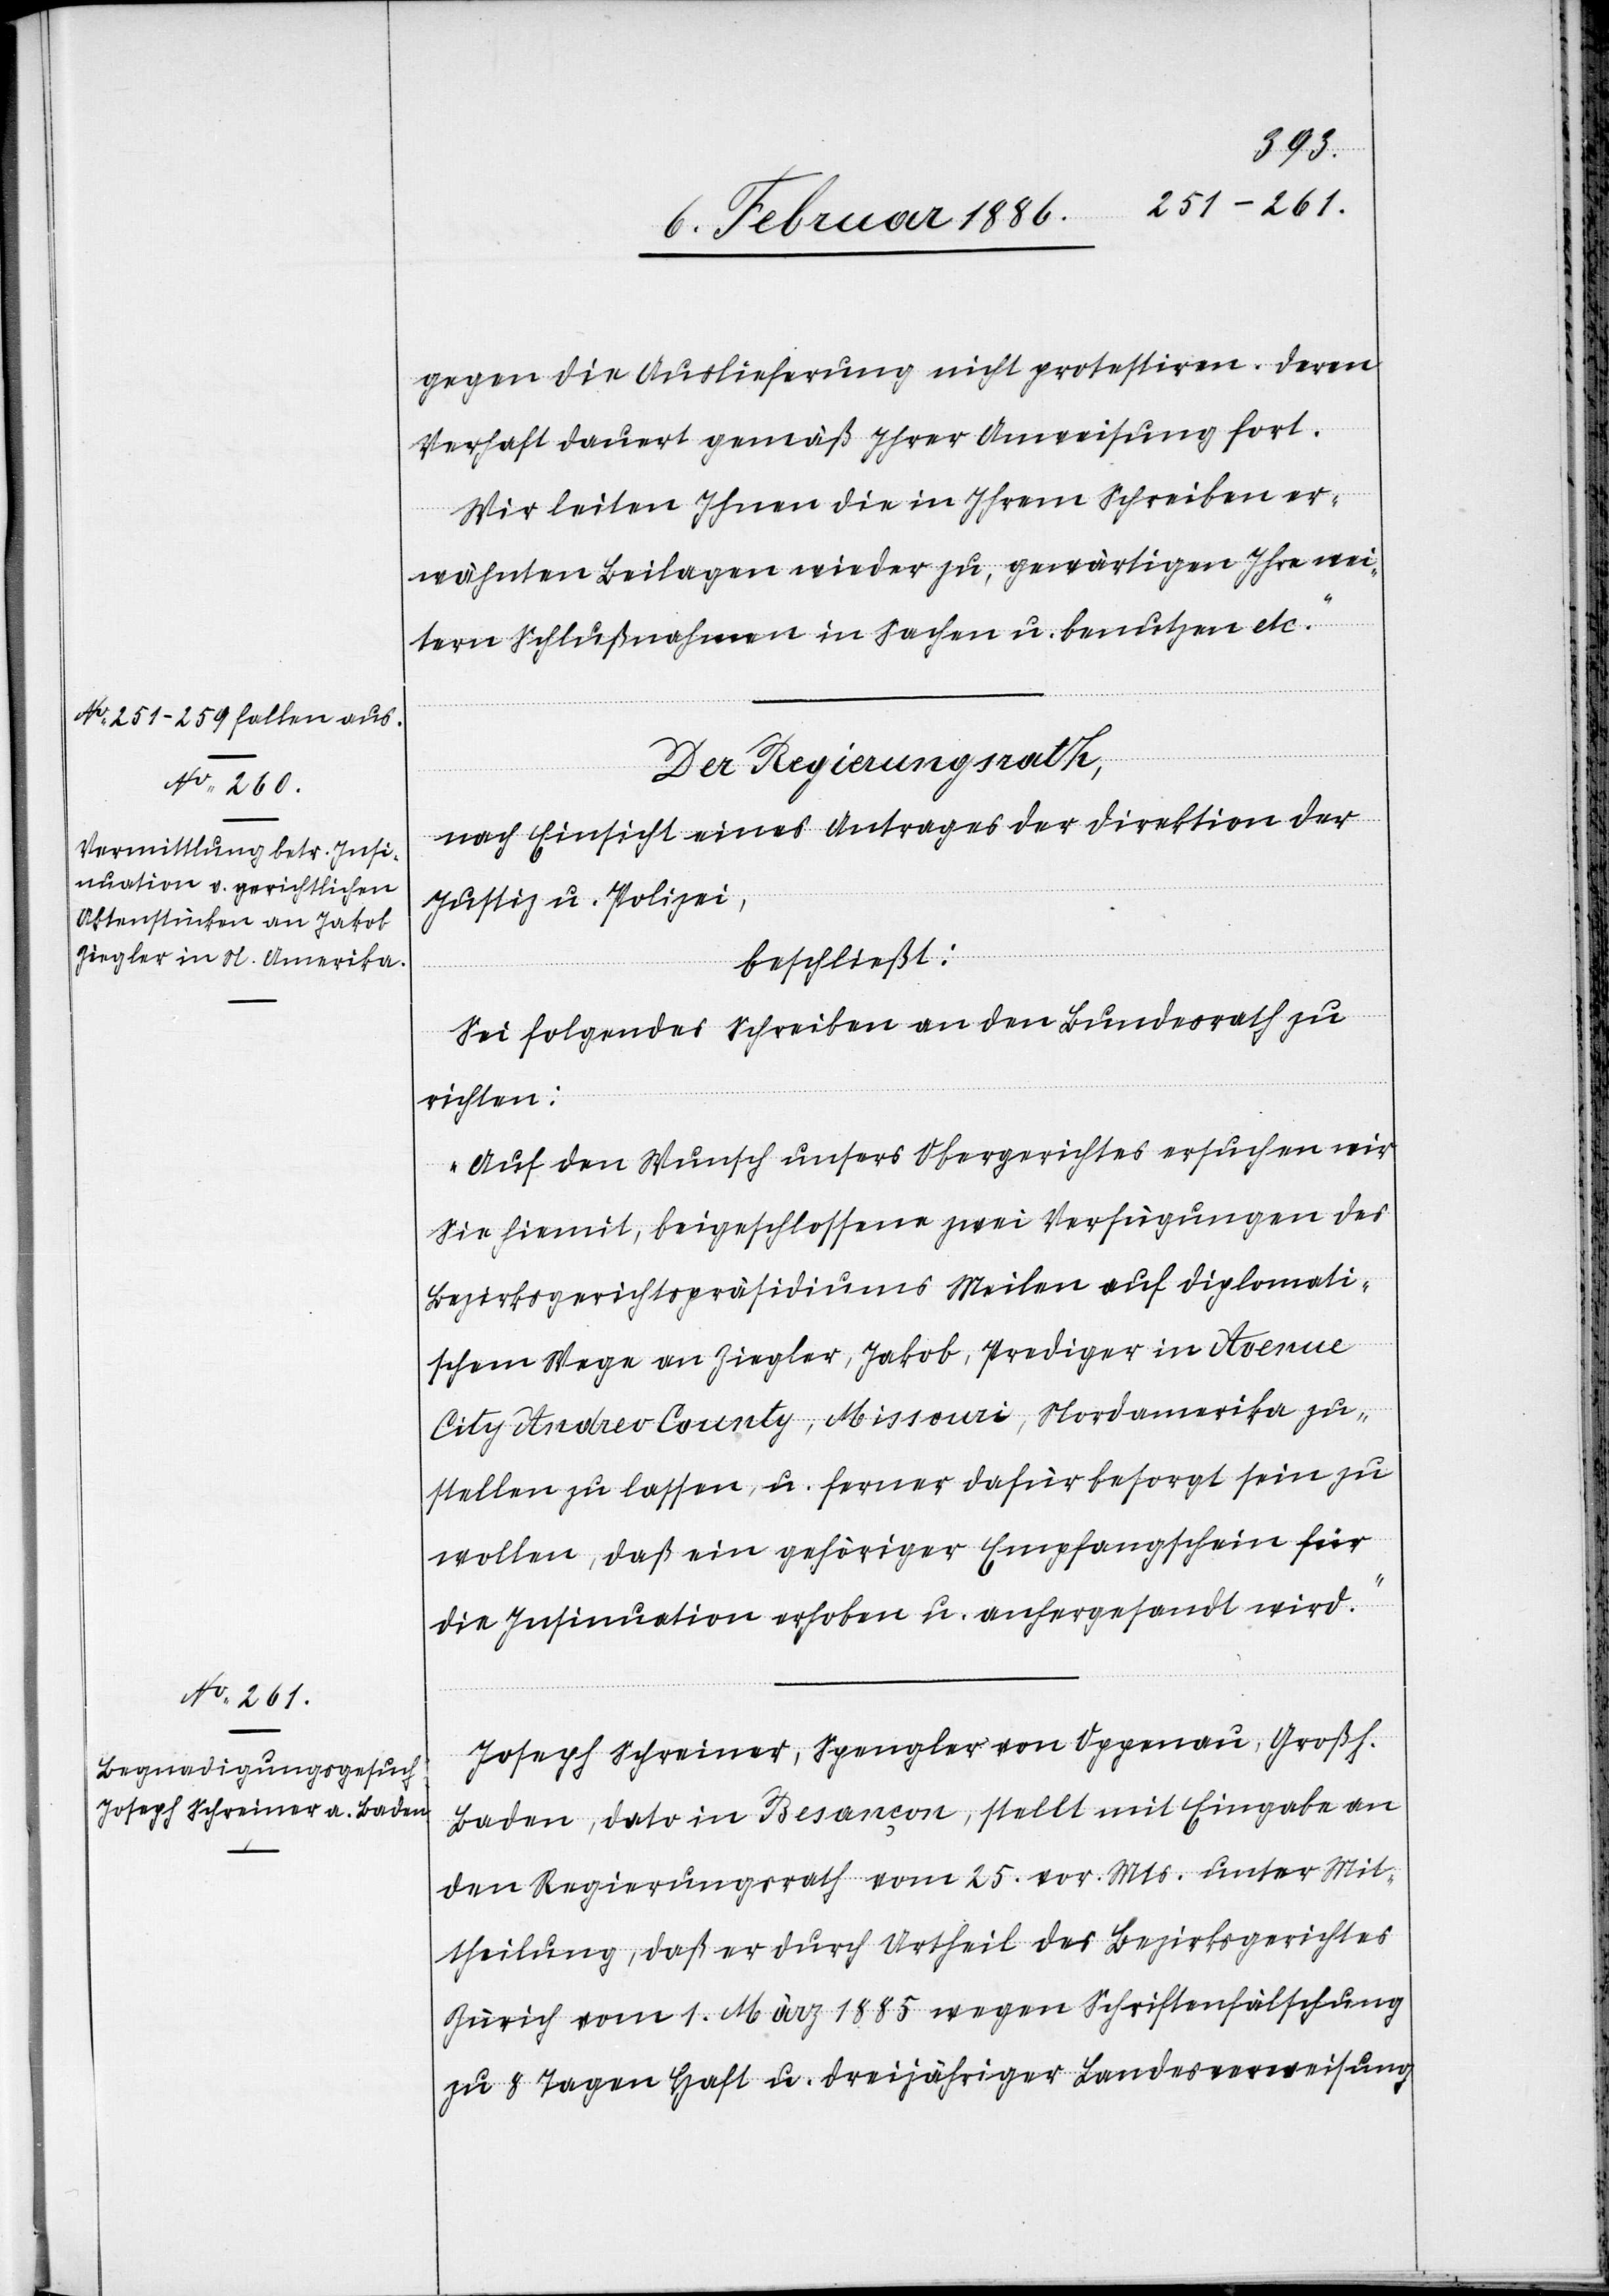
10. Februar 1886.]
gegen die Auslieferung nicht protestiren. Deren
Verhaft dauert gemäß Ihrer Anweisung fort.
Wir leiten Ihnen die in Ihrem Schreiben er¬
wähnten Beilagen wieder zu, gewärtigen Ihre wei¬
tere Schlußnahme in Sachen u. benutzen etc.“
Der Regierungsrath,
nach Einsicht eines Antrages der Direktion der
Justiz u. Polizei,
l-Verfügungen
beschließt:
Sei folgendes Schreiben an den Bundesrath zu
richten:
Auf den Wunsch unseres Obergerichtes ersuchen wir
Sie hiemit, beigeschlossen zwei Verfügungen des
Bezirksgerichtspräsidiums Meilen auf diplomati¬
schem Wege an Ziegler, Jakob, Prediger in Avenue
stellen zu lassen u. ferner dafür besorgt sein zu
wollen, daß ein gehöriger Empfangschein für
die Insinuation erhoben u. anhergesandt wird.“
Joseph Schreiner, Spengler von Oppenau, Großh.
Baden, dato in Besançon, stellt mit Eingabe an
den Regierungsrath vom 25. vor. Mts. unter Mit¬
theilung, daß er durch Urtheil des Bezirksgerichtes
Zürich vom 1. März 1885 wegen Schriftenfälschung
zu 8 Tagen Haft u. dreijähriger Landesverweisung